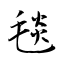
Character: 毯